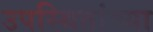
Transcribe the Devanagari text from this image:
उपस्थितांच्या